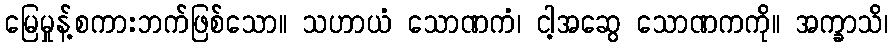
မြေမှုန့်စကားဘက်ဖြစ်သော။ သဟာယံ သောဏကံ၊ ငါ့အဆွေ သောဏကကို။ အက္ခာသိ၊